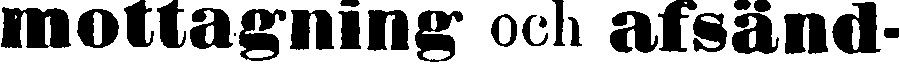
mottagning och afsänd-